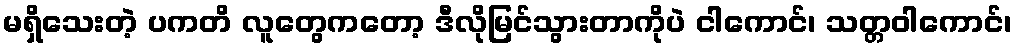
မရှိသေးတဲ့ ပကတိ လူတွေကတော့ ဒီလိုမြင်သွားတာကိုပဲ ငါကောင်၊ သတ္တဝါကောင်၊